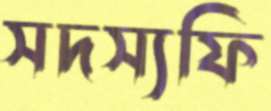
সদস্যফি